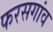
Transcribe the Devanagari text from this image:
फरसगांव